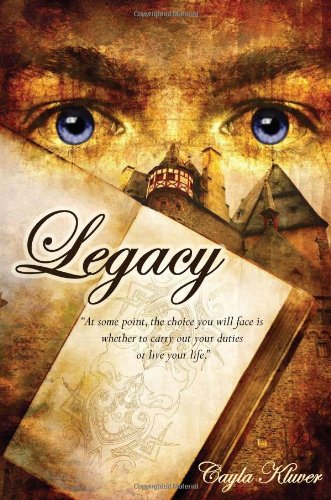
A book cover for Legacy; Cayla Kluver; Teen & Young Adult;